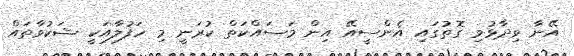
އޭނާ ވިދާޅުވި ގޮތުގައި އެންސީއޭ އިން މަސައްކަތް ކުރަނީ މި ހަފުލާއަކީ ޝަކުވާތައް